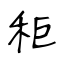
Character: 秬